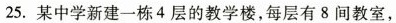
25.某中学新建一栋4层的教学楼，每层有8间教室，